Vital statistics of India. Vol. IV, Annual returns from 1871 to 1876. British Army of India, Native Army and jails of Bengal
Year: 1871
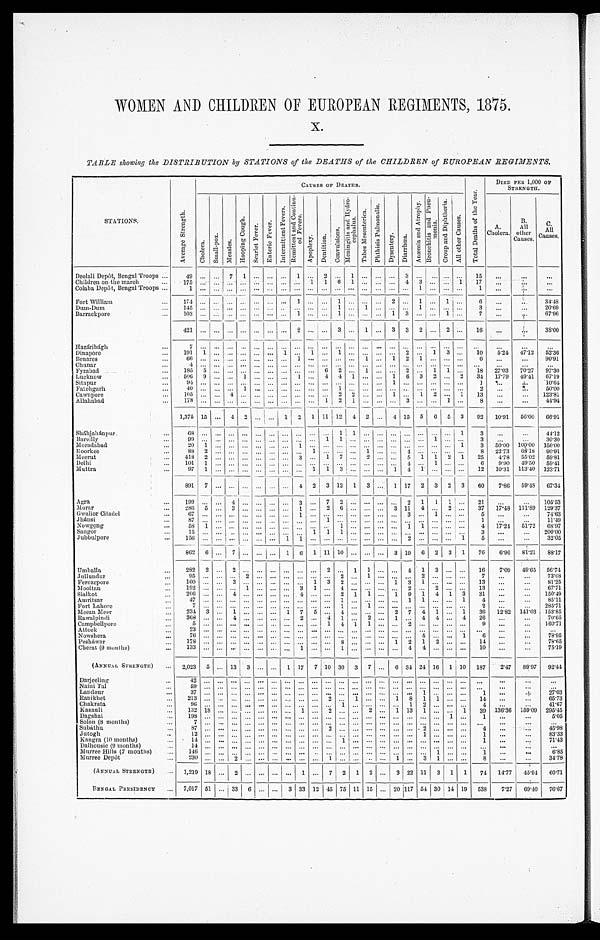
WOMEN AND CHILDREN OF EUROPEAN REGIMENTS, 1875.
x.
TABLE showing the DISTRIBUTION by STATIONS of the DEATHS of the CHILDREN of EUROPEAN REGIMENTS.
r'f]
to
F.,
L72
?,,
. '4
CAUSES OF DEATHS.
L. :
e,
".'
t
,,,.
-,-
4
,..,
F.,
DIED PER 1,000 OF
STRENGTH.
STATIONS.
d,
—
0
,i
,_., 2
VI
v;
1,
.
,r-,
:' ..°c
...)
g'
.., .
' ,, 4
s.',
-I
CL
.
ti
.
. 1
di
tj
?
,.)
P.
-
. f. ' . , '
I--. 1
- ,
t .
4
,.. '
...'
g
.
c..) 4
,_,,,
;:' :..
, 7-1 , ,f.:
- ' '
,.1 , . . .
j
. .`L ' '
,-.
w
r-4
.
.
3 r.>
—
P -,
.,,,,
.
fr-
.
q
.2
*.-::
.
A
1
r; z *
.4 n.
"'
.a-
o
C..)
! ..n .2
.- ... -
.5,
o .
..:
'.7: 2-
. 7
. . ,
7- 1
1
cr,
.
,;-:
e.
Et
:- .
0
.
1
p.,
.'-'3
42
-,
P..,
? - - ,
...9
, - - .
A
.
c 3
g
T.
. .
P
r.--,
0
o
.
.5
c
0
'5 .
- o
7:
:. .
,..
...:
7.--..
.51 ....,
4
F
e e
. . .
c..)
.
T.)
, 43
;'
t.)
.r.:
-1
C
A.
Cholera.
Causes.
B.
All
other C
C.
All
uses.
Deolali Depot, Bengal Troops ...
49
7 1
1
2
1
3 ...
... ...
15
. . .
...
Children on the march
...
175 ...
. . .
. . . . . . ... ... 1 1 6 1 ... ... ... 4 3 ... ... 1
17
...
..,..
...
Colaba Depôt, Bengal Troops ...
1 ...
...
-
... ... ... ... ... ... ... — ... ... ... ...
1
... . . .
Fort William
...
174 ...
... .. ... ... ... 1 . . .
. . .
...
34'48
Dumdum
...
.. .. ...
. . . ...
3
7
...
...
20.69
67.96
Barrackpore
---
..
''
16
...
I..
38'00
Hazári bágh
...
7
... ... ... ... ... ... ... ... ... ... ... ... ... ... ... ... ...
. . . ...
...
Dinapore
191 1 ..
. . . . ..
. . . 1 ... 1 ... 1 ... ... ... ... 2 ... 1 3 ...
10
5 . 2 4 47.12 52.36
Benares
...
66 ... ...
... ...
1
1
1 2
6
...
...
90.91
Chunar
...
...
. . . ...
. . . ... ...
...
. . . . . .
. . .
. . . . . . ...
...
...
...
Fyzabad
...
135 5 ... ... ...
... ... ... ... 6 2 ... 1 ... ... 2 ... 1 1 ...
18
27.03
70.27
97-30
Lucknow
".
506 9 ... ... 1 ... ...
1 ... 4 4 1 ... ... 1
1
6 3 2 ...2
34
17.79 49.41 67.19
10.61
Sstapur
...
... ... ... ... ... ... ... ... ...
1
4...
...
4
Fateligarli
...
40
1
1
2
... ... ... .. ...
1
. . .
2
... ...
1
13
...
50-00
123.81
Cawnpore
..
178
1 2 1
...
3
...
1
8
...
...
44.94
Allahabad
...
...
...
1,375 15 I... 4 2
2 1 11 12 4 2 ... 4 15 5 I6 5 3
92
10.91
56.00
66.91
Shájahánpur
...
... ...
... 1
3
44.12
Bareilly
...
90 ... ...
... ... ...
1 1
... . . .
1 ...
3
...
30.30
Moradabad
..
3
50.00 100.00
68.18
150.00
Roorkee
...
83
2
1
1
1
8 22.73
90.91
:Meerut
418 2 ... ... ... ... ... ... 3 ... 1 7 ... 2 .. ... 5 1 1
1
2 1
25
6
4.73
9.90
55.02
49.50
59.81
59.41
Delhi
...
101 1
4
113.40
Muttra
...
97 1 ...
... ... ...
1 1 3 ... ... ... 1 4 1 ... ... ...
12
10.31
123.71
891 7 ... ... ... ... ... ... 4 2 i 3 12 1 3 ... 1 17 2 3 2 I3
.
60
7 . 8 6 69.43
_.
67.34
Agra
.
...
199
4
- —
3
7 2
2 1
l 1
21
..
105.53
:NI orar
286 5 ... 3 ... ...
... 1 ... 2 6 ... ... ... 3 11 4 ... 2 ...
37
5
17'48 111.89 129.37 74.63
Gwalior Citadel
...
.
...
...
Jhánsi
... ... — ... ."
17.21
..
51.72
1119
68.97
Nowgong
..
58 1
... . .. ...
— 1
4
3
200.00
Sangor
15 ... ... ,. ... ... ... ... ...
...
... ... ...
...
...
J ubbulpore
...
...
32.05
862
6
7
.
1
—
I6 1 1 11 10
19 6 2 I3 l 1
76
6.96
.
81.21
88.17
Umballa
...
282 2
2
2
1 1
4 1 3 ... ...
16
7.09
49.65 56.74
Tullundur
...
95
2
2
1
2
7
...
73.68
81.25
Perozepore
...
...
INlooltau
...
...
67.71
Sialkot
...
206 ... ... 4 . . . . . . . . . . . . 4 ... ... 2 1 1 ... 1 9
1
1
1
4 1 3
31
1
4
...
...
150.49
85.11
Amritsar
...
47
1
2
...
...
285.71
Port Lahore
...
... ... ... ...
. . . .
. . . .
. . .
Meean Meer
...
234 3
1 ... ... ... 1 7 5 ... 4 ... ... ... 2 7 4 1 ... 1
36
12.82 141.03 153.85
70.65
Rawalpindi
...
...
Campheilpore
...
5 ...
... ... ...
1 1 1 1
2
9
. . . ...
160.71
Attack
...
... 6
...
...
...
78.95
Nowshera
...
Peshawar
2 1 2 ... ...
14
...
...
78.65
Cherat (9 months)
...
133
...
...
...
75.19
(ANNuAi, STRENGTH)
... 2,023 5 ... 13
.
1 17 7
. 10 30 3 7 ... 6 34 24 16 1 10 187
2,17
89.97
_
92'44
Darjeeling
...
... ... ... ... ...
... ... ... ... ... ... ...
...
...
...
NaMi Tal
59
...
...
Landour
...
3 ... ... ... ... ... ... ... ... ... ... ... ... ... ... ... ... 1 .........
1
...
27.03
Ilanikhet
...
65.73
Chakrata
96
1
1 3
4
41.67
Kasauli
132 18 ... ...
... ... ... 1 ... 2 ... ... 2 ... 1 13 1 ... ... 1
39 136.36 159.09 295.45
Dagshai
198 ... ...
1
1
...
...
5.05
Solon (8 months)
...
7
... ... ... ... ... ... ... ... ...
...
...
...
Subáthu
...
87 . . .
. . . ... ... ... ... ... ... ... 3
2
4
...
45.98
83.33
Julogh
12
1
...
K angra (10 months)
...
14
... ... ... ... ... ... ... ... ... 1 ... ... ... ... ... ... ... ... ...
1
...
71.43
Da lhousie (9 months)
... ... ...
. . . ...
. . . ... . . .
... ... ... ...
.... ...
...
...
Murree Hills (7 months) .
1.16 .., ...
... ...
... ...
... ... ... ... ... ... ... .. .
1 ...
1
...
...
6.85
Murree Depot
...
230 ..,
... . . .
... 1
1
3 1
34.78
(ANNUAL STRENGTH)
. . .
1,219 1 ... 2 ... ... ... ... 1 ... 7 2 1 2 ... 3 22 11 3 1 1
74
14-77
45.94 60-71
BEN GAL PRESIDENCY
...
7,017 61 ... 33 6 ... ... 3 33 12 45 75 11 15 ... 20 1117
I
54 30 14 19 538
7.27
69.40
76.67